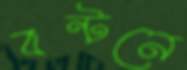
বন্টনে